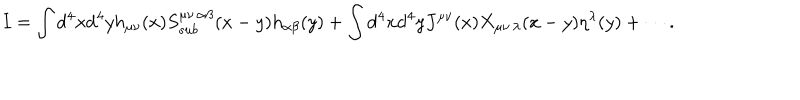
LaTeX: I = \int \mathrm { d } ^ { 4 } x \mathrm { d } ^ { 4 } y h _ { \mu \nu } ( x ) S _ { s u b } ^ { \mu \nu \, \alpha \beta } ( x - y ) h _ { \alpha \beta } ( y ) + \int \mathrm { d } ^ { 4 } x \mathrm { d } ^ { 4 } y J ^ { \mu \nu } ( x ) X _ { \mu \nu \, \lambda } ( x - y ) \eta ^ { \lambda } ( y ) + \cdots .